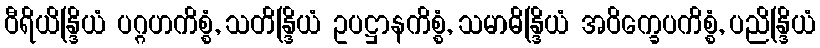
ဝီရိယိန္ဒြိယံ ပဂ္ဂဟကိစ္စံ, သတိန္ဒြိယံ ဥပဋ္ဌာနကိစ္စံ, သမာဓိန္ဒြိယံ အဝိက္ခေပကိစ္စံ, ပညိန္ဒြိယံ